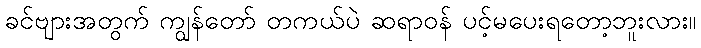
ခင်ဗျားအတွက် ကျွန်တော် တကယ်ပဲ ဆရာဝန် ပင့်မပေးရတော့ဘူးလား။